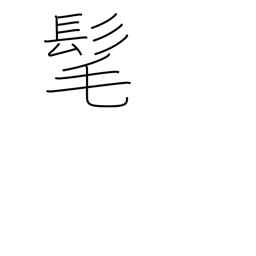
Meaning: long hair